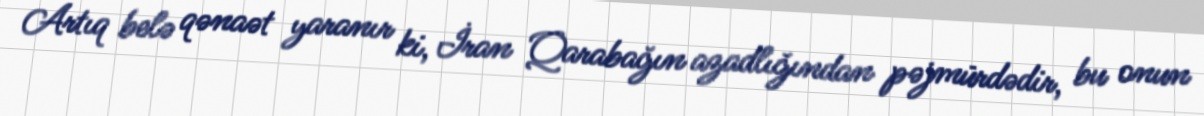
Artıq belə qənaət yaranır ki, İran Qarabağın azadlığından pəjmürdədir, bu onun